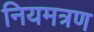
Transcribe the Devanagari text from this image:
नियमत्रण